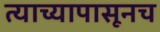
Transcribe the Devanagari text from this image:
त्याच्यापासूनच